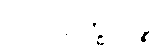
ဉာတိရက္ခိတဉ္စ